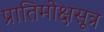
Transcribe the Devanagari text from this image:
प्रातिमोक्षसूत्र